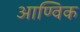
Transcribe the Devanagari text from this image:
आण्‍विक